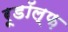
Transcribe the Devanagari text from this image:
रूडॉल्फ़